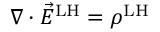
\nabla \cdot { \vec { E } } ^ { \mathrm { L H } } = \rho ^ { \mathrm { L H } }